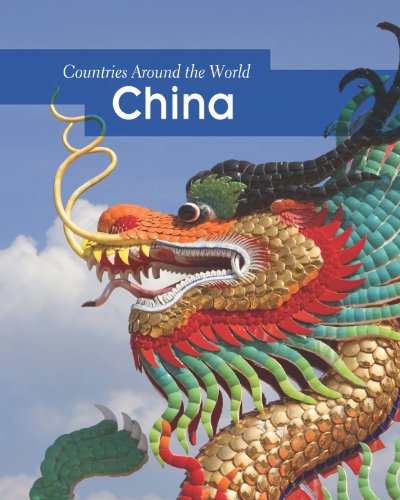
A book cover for China (Countries Around the World); Patrick Catel; Children's Books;